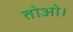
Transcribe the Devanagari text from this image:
तोओ।